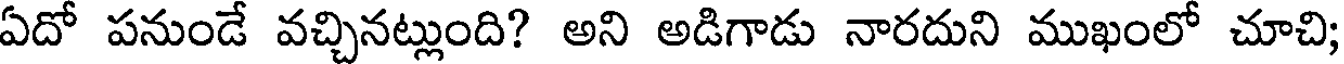
ఏదో పనుండే వచ్చినట్లుంది? అని అడిగాడు నారదుని ముఖంలో చూచి